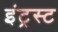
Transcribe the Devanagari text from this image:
इंट्रस्ट